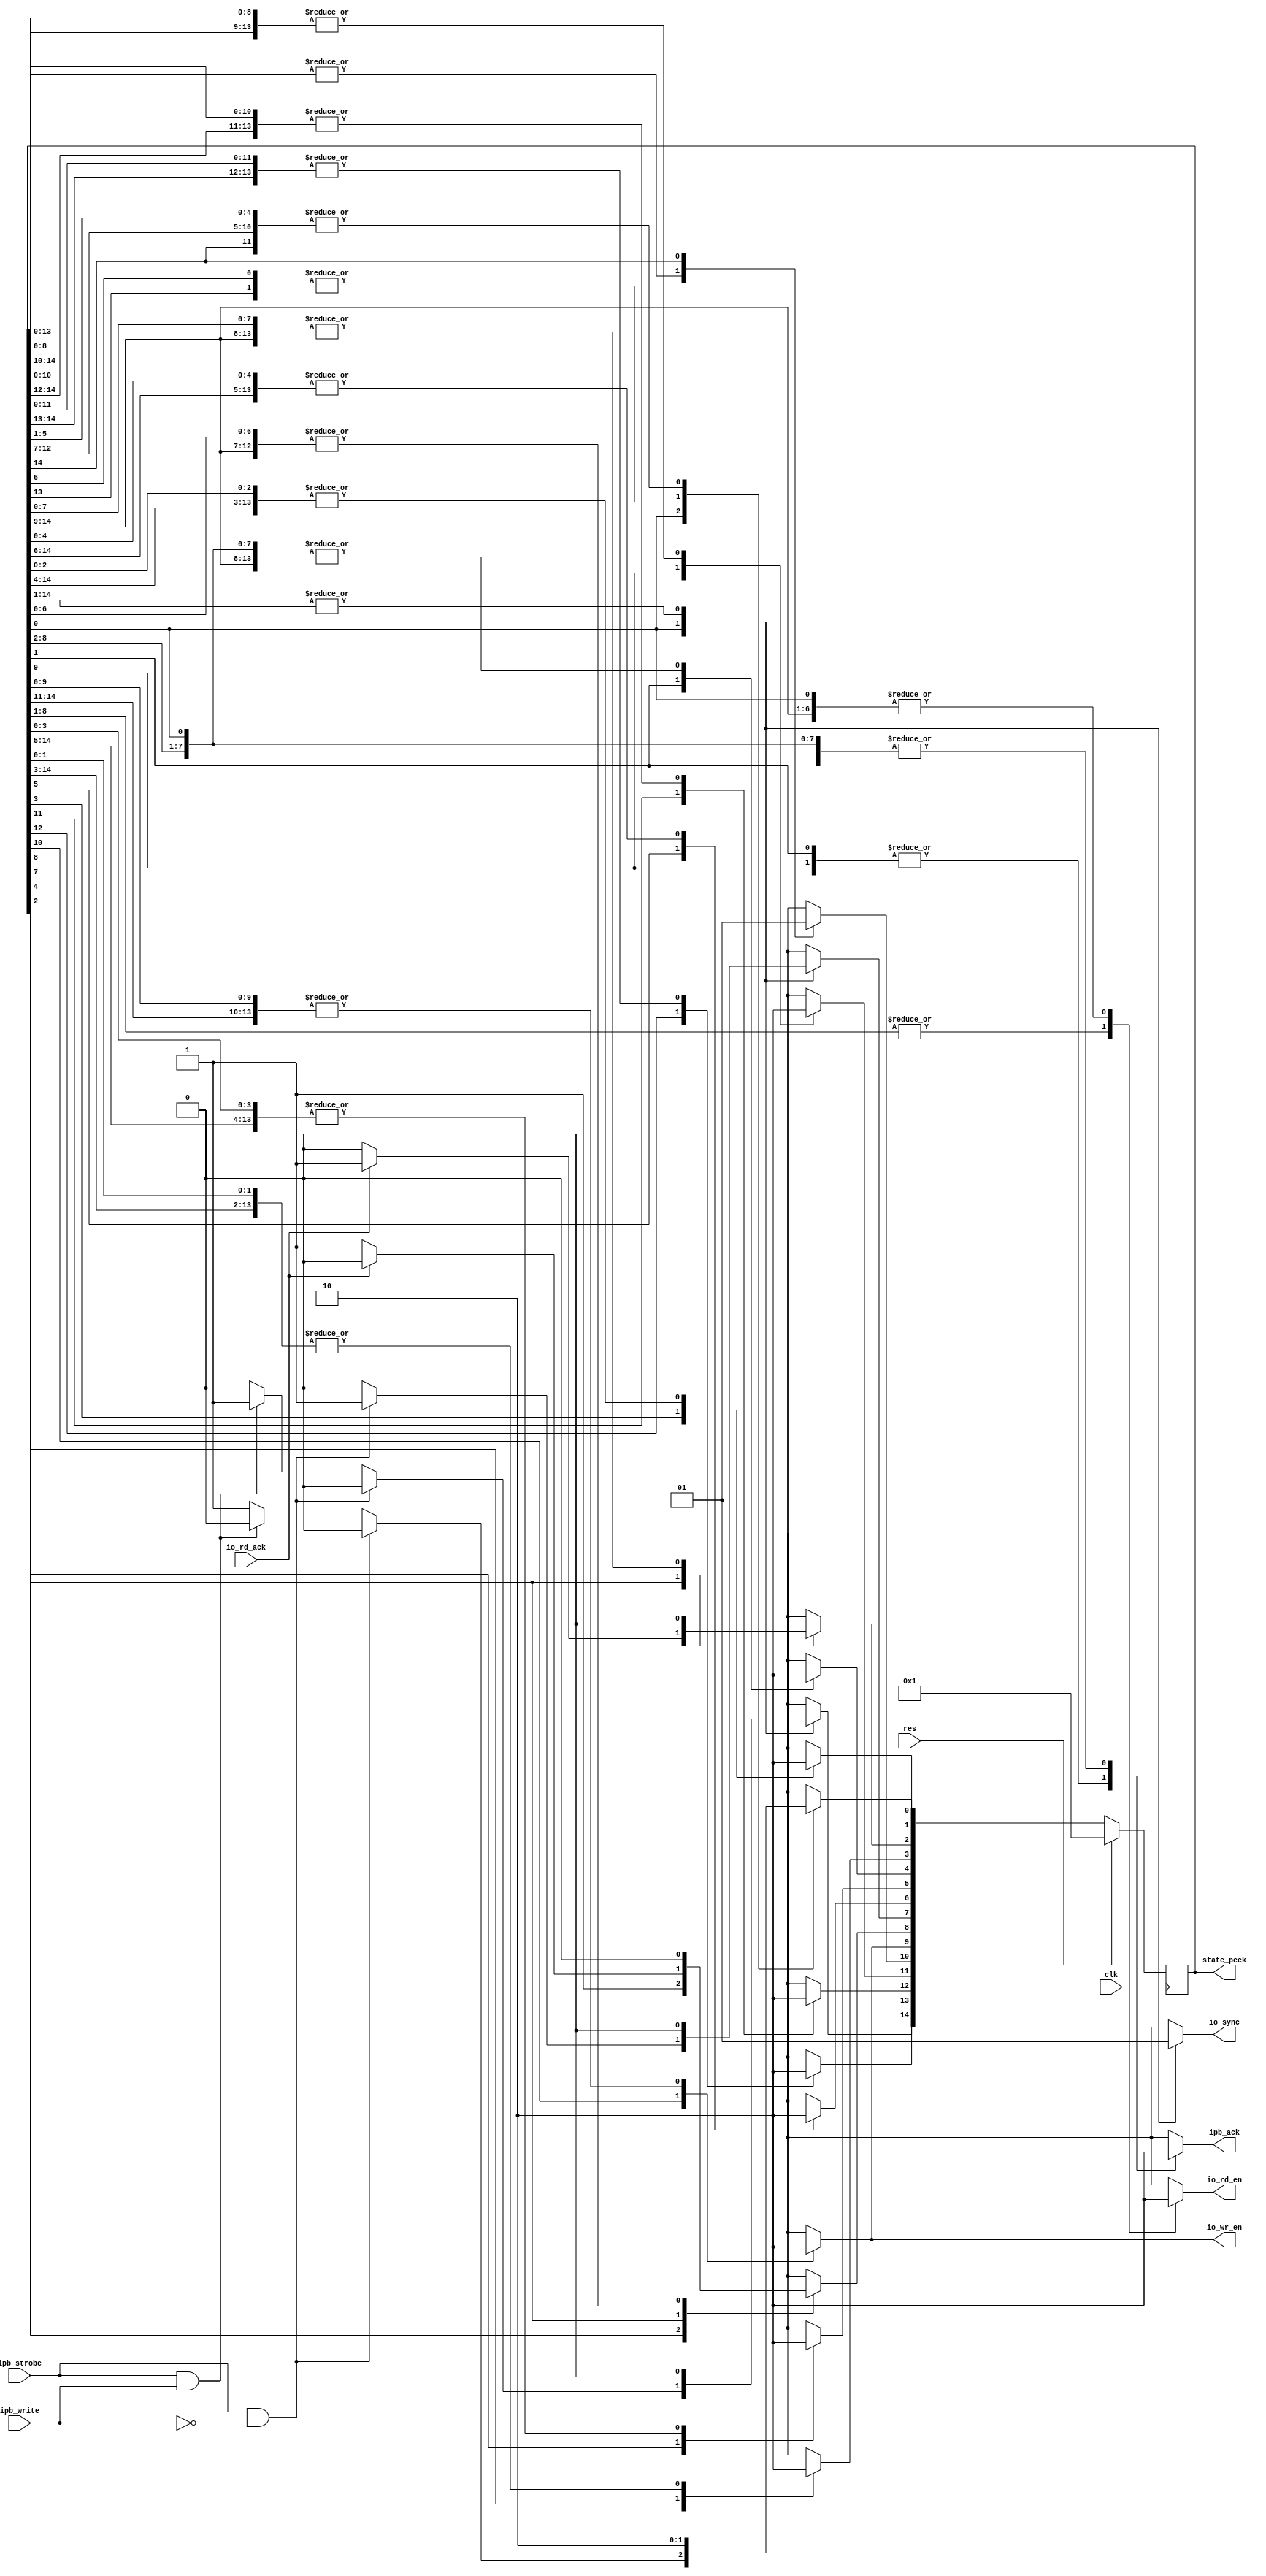
// Created by fizzim.pl version 4.42 on 2013:07:31 at 15:06:06 (www.fizzim.com)

module ipb_io_interface (
  output reg io_rd_en,      // full operation long read enable
  output reg io_sync,       // An operation is in progress
  output reg io_wr_en,      // one cycle long write enable
  output reg ipb_ack,       // one cycle long ack back to IPbus
  input wire clk,           // IPbus clock
  input wire io_rd_ack,     // verilog ack
  input wire ipb_strobe,    // IPbus strobe
  input wire ipb_write,     // IPbus write
  input wire res,            // Global reset
  output wire[14:0] state_peek
);

  // state bits
  parameter
  IDLE         = 0,
  READ_ACK     = 1,
  READ_DLY1    = 2,
  READ_DLY2    = 3,
  READ_HOLD1   = 4,
  READ_HOLD2   = 5,
  READ_HOLD3   = 6,
  READ_START   = 7,
  READ_WAIT    = 8,
  WRITE_ACK    = 9,
  WRITE_ENABLE = 10,
  WRITE_HOLD1  = 11,
  WRITE_HOLD2  = 12,
  WRITE_HOLD3  = 13,
  WRITE_START  = 14;

  reg [14:0] state;
  reg [14:0] nextstate;

  assign state_peek = state;

  // comb always block
  always @* begin
    nextstate = 15'b000000000000000;
    io_rd_en = 0; // default
    io_sync = 1; // default
    io_wr_en = 0; // default
    ipb_ack = 0; // default
    case (1'b1) // synopsys parallel_case full_case
      state[IDLE]        : begin // Wait for data from a new crossing
        io_sync = 0;
        // Warning P3: State IDLE has multiple exit transitions, and transition trans10 has no defined priority
        // Warning P3: State IDLE has multiple exit transitions, and transition trans11 has no defined priority
        if (ipb_strobe & !ipb_write) begin
          nextstate[READ_START] = 1'b1;
        end
        else if (ipb_strobe & ipb_write) begin
          nextstate[WRITE_START] = 1'b1;
        end
        else begin
          nextstate[IDLE] = 1'b1;
        end
      end
      state[READ_ACK]    : begin
        io_rd_en = 1;
        ipb_ack = 1;
        begin
          nextstate[READ_HOLD1] = 1'b1;
        end
      end
      state[READ_DLY1]   : begin
        io_rd_en = 1;
        begin
          nextstate[READ_DLY2] = 1'b1;
        end
      end
      state[READ_DLY2]   : begin
        io_rd_en = 1;
        begin
          nextstate[READ_ACK] = 1'b1;
        end
      end
      state[READ_HOLD1]  : begin
        io_rd_en = 1;
        begin
          nextstate[READ_HOLD2] = 1'b1;
        end
      end
      state[READ_HOLD2]  : begin
        io_rd_en = 1;
        begin
          nextstate[READ_HOLD3] = 1'b1;
        end
      end
      state[READ_HOLD3]  : begin
        io_rd_en = 1;
        begin
          nextstate[IDLE] = 1'b1;
        end
      end
      state[READ_START]  : begin
        io_rd_en = 1;
        begin
          nextstate[READ_WAIT] = 1'b1;
        end
      end
      state[READ_WAIT]   : begin
        io_rd_en = 1;
        if (io_rd_ack) begin
          nextstate[READ_DLY1] = 1'b1;
        end
        else begin
          nextstate[READ_WAIT] = 1'b1;
        end
      end
      state[WRITE_ACK]   : begin
        ipb_ack = 1;
        begin
          nextstate[WRITE_HOLD1] = 1'b1;
        end
      end
      state[WRITE_ENABLE]: begin
        io_wr_en = 1;
        begin
          nextstate[WRITE_ACK] = 1'b1;
        end
      end
      state[WRITE_HOLD1] : begin
        begin
          nextstate[WRITE_HOLD2] = 1'b1;
        end
      end
      state[WRITE_HOLD2] : begin
        begin
          nextstate[WRITE_HOLD3] = 1'b1;
        end
      end
      state[WRITE_HOLD3] : begin
        begin
          nextstate[IDLE] = 1'b1;
        end
      end
      state[WRITE_START] : begin
        begin
          nextstate[WRITE_ENABLE] = 1'b1;
        end
      end
    endcase
  end

  // sequential always block
  always @(posedge clk) begin
    if (res)
      state <= 15'b000000000000001 << IDLE;
    else
      state <= nextstate;
  end

  // This code allows you to see state names in simulation
  `ifndef SYNTHESIS
  reg [95:0] statename;
  always @* begin
    case (1'b1)
      state[IDLE]        :
        statename = "IDLE";
      state[READ_ACK]    :
        statename = "READ_ACK";
      state[READ_DLY1]   :
        statename = "READ_DLY1";
      state[READ_DLY2]   :
        statename = "READ_DLY2";
      state[READ_HOLD1]  :
        statename = "READ_HOLD1";
      state[READ_HOLD2]  :
        statename = "READ_HOLD2";
      state[READ_HOLD3]  :
        statename = "READ_HOLD3";
      state[READ_START]  :
        statename = "READ_START";
      state[READ_WAIT]   :
        statename = "READ_WAIT";
      state[WRITE_ACK]   :
        statename = "WRITE_ACK";
      state[WRITE_ENABLE]:
        statename = "WRITE_ENABLE";
      state[WRITE_HOLD1] :
        statename = "WRITE_HOLD1";
      state[WRITE_HOLD2] :
        statename = "WRITE_HOLD2";
      state[WRITE_HOLD3] :
        statename = "WRITE_HOLD3";
      state[WRITE_START] :
        statename = "WRITE_START";
      default     :
        statename = "XXXXXXXXXXXX";
    endcase
  end
  `endif

endmodule